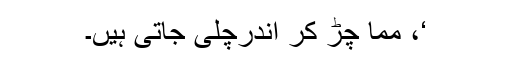
‘، مما چِڑ کر اندرچلی جاتی ہیں۔